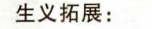
生义拓展: